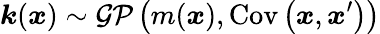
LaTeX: \boldsymbol{k}(\boldsymbol{x})\sim\mathcal{GP}\left(m(\boldsymbol{x}),\operatorname{Cov}\left(\boldsymbol{x},\boldsymbol{x}^{\prime}\right)\right)